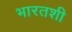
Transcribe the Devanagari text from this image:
भारतशी